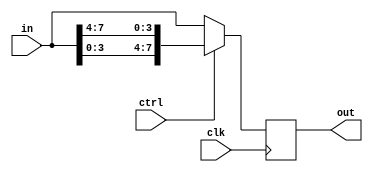
module crossbar_switch #(
    parameter DW_DATA = 4
) (
    input clk,
    input ctrl,
    input [2*DW_DATA-1:0] in,
    output reg [2*DW_DATA-1:0] out
);

    always @(posedge clk) begin
        if (ctrl) begin
            out <= {in[0 +:DW_DATA], in[DW_DATA +:DW_DATA]};
        end
        else begin
            out <= in;
        end
    end

endmodule